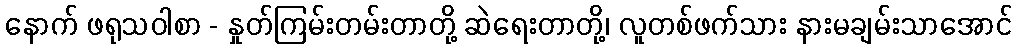
နောက် ဖရုသဝါစာ - နှုတ်ကြမ်းတမ်းတာတို့ ဆဲရေးတာတို့၊ လူတစ်ဖက်သား နားမချမ်းသာအောင်